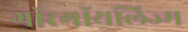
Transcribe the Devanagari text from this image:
गॉरगॉयलिज्म